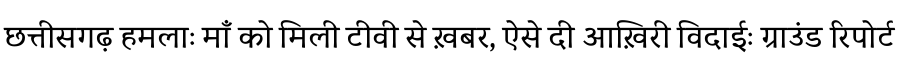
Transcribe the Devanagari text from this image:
छत्तीसगढ़ हमलाः माँ को मिली टीवी से ख़बर, ऐसे दी आख़िरी विदाईः ग्राउंड रिपोर्ट